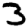
Digit: 3